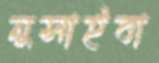
নুসাইবা